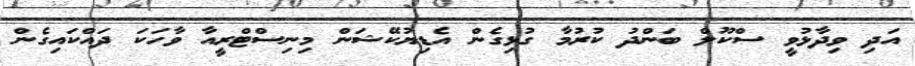
އަދި ވިދާޅުވީ ސްކޫލް ބަންދު ކުރުމާ ގުޅިގެން އެޑިޔުކޭޝަން މިނިސްޓްރީއާ ވާހަކަ ދައްކައިގެން